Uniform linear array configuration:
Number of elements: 4
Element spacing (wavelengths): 0.5
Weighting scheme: hamming
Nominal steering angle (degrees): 0
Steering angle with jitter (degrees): -0.1957
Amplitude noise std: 0.05
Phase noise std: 0.05

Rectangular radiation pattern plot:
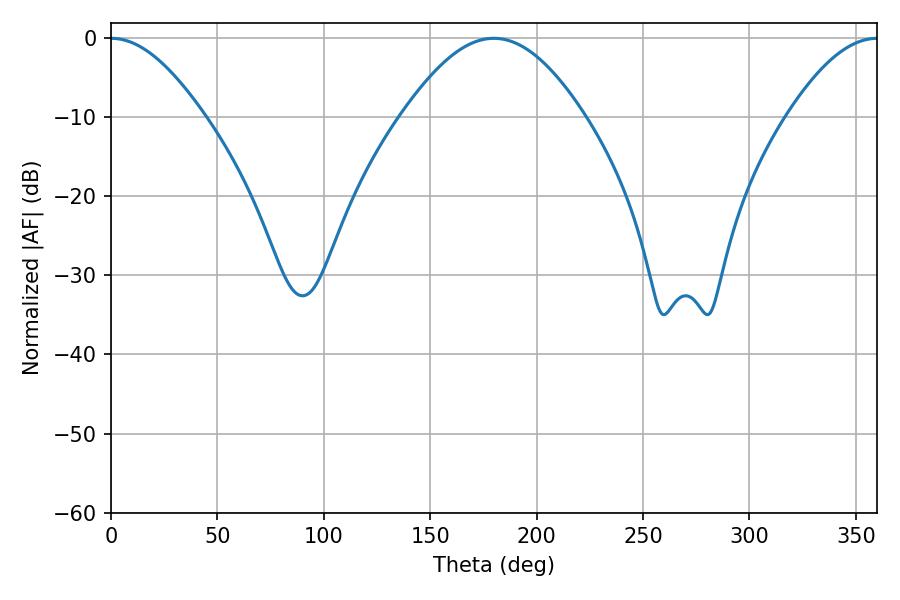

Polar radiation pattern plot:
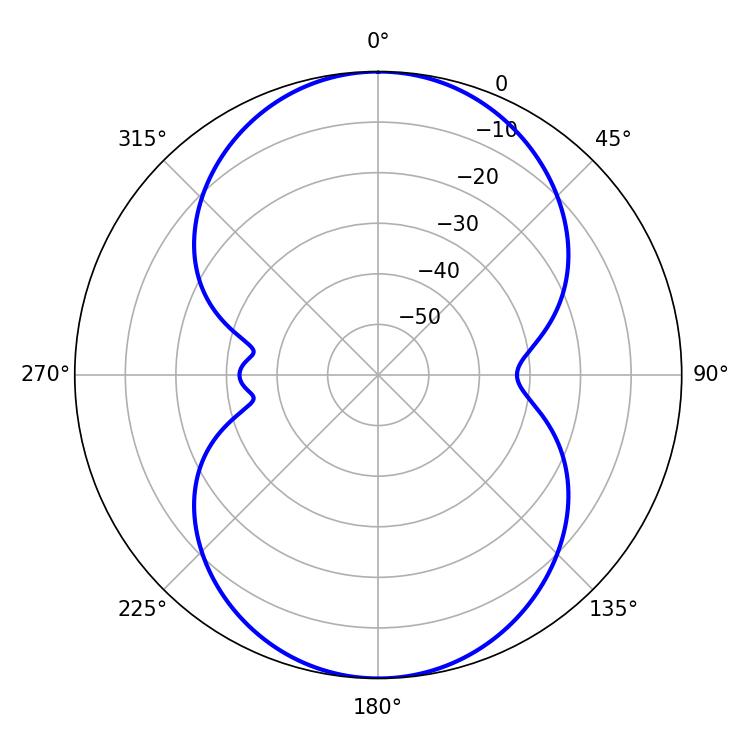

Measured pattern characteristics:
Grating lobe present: FALSE
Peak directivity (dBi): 21.148
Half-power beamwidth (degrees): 23.4
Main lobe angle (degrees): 0.18